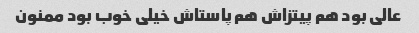
عالی بود هم پیتزاش هم پاستاش خیلی خوب بود ممنون